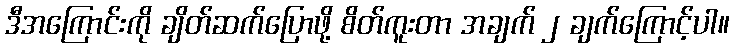
ဒီအကြောင်းကို ချိတ်ဆက်ပြောဖို့ စိတ်ကူးတာ အချက် ၂ ချက်ကြောင့်ပါ။